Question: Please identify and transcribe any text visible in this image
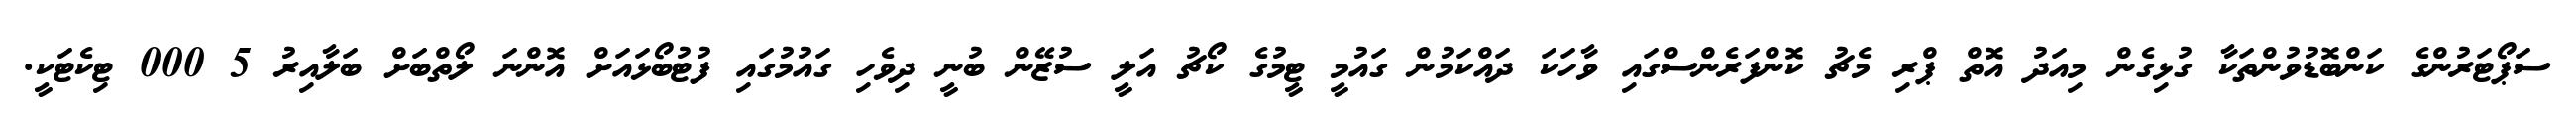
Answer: ސަޕޯޓަރުންގެ ކަންބޮޑުވުންތަކާ ގުޅިގެން މިއަދު އޮތް ޕްރި މެޗު ކޮންފަރެންސްގައި ވާހަކަ ދައްކަމުން ގައުމީ ޓީމުގެ ކޯޗު އަލީ ސުޒޭން ބުނީ ދިވެހި ގައުމުގައި ފުޓުބޯޅައަށް އޮންނަ ލޯތްބަށް ބަލާއިރު 5 000 ޓިކެޓަކީ.